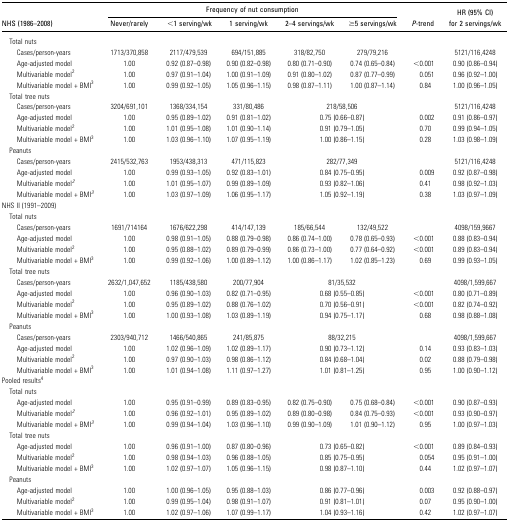
<table><thead><tr><td>[EMPTY_CELL]</td><td colspan="5"><b>Frequency of nut consumption</b></td><td>[EMPTY_CELL]</td><td>[EMPTY_CELL]</td></tr><tr><td><b>NHS (1986–2008)</b></td><td><b>Never/rarely</b></td><td><b>&lt;1 serving/wk</b></td><td><b>1 serving/wk</b></td><td><b>2–4 servings/wk</b></td><td><b>≥5 servings/wk</b></td><td><b><i>P</i>-trend</b></td><td><b>HR (95% CI) for 2 servings/wk</b></td></tr></thead><tbody><tr><td> Total nuts</td><td>[EMPTY_CELL]</td><td>[EMPTY_CELL]</td><td>[EMPTY_CELL]</td><td>[EMPTY_CELL]</td><td>[EMPTY_CELL]</td></tr><tr><td>Cases/person-years</td><td>1713/370,858</td><td>2117/479,539</td><td>694/151,885</td><td>318/82,750</td><td>279/79,216</td><td>[EMPTY_CELL]</td><td>5121/116,4248</td></tr><tr><td>Age-adjusted model</td><td>1.00</td><td>0.92 (0.87–0.98)</td><td>0.90 (0.82–0.98)</td><td>0.80 (0.71–0.90)</td><td>0.74 (0.65–0.84)</td><td>&lt;0.001</td><td>0.90 (0.86–0.94)</td></tr><tr><td>Multivariable model<sup>2</sup></td><td>1.00</td><td>0.97 (0.91–1.04)</td><td>1.00 (0.91–1.09)</td><td>0.91 (0.80–1.02)</td><td>0.87 (0.77–0.99)</td><td>0.051</td><td>0.96 (0.92–1.00)</td></tr><tr><td>Multivariable model + BMI<sup>3</sup></td><td>1.00</td><td>0.99 (0.92–1.05)</td><td>1.05 (0.96–1.15)</td><td>0.98 (0.87–1.11)</td><td>1.00 (0.87–1.14)</td><td>0.84</td><td>1.00 (0.96–1.05)</td></tr><tr><td> Total tree nuts</td><td>[EMPTY_CELL]</td><td>[EMPTY_CELL]</td><td>[EMPTY_CELL]</td><td>[EMPTY_CELL]</td></tr><tr><td>Cases/person-years</td><td>3204/691,101</td><td>1368/334,154</td><td>331/80,486</td><td colspan="2">218/58,506</td><td>[EMPTY_CELL]</td><td>5121/116,4248</td></tr><tr><td>Age-adjusted model</td><td>1.00</td><td>0.95 (0.89–1.02)</td><td>0.91 (0.81–1.02)</td><td colspan="2">0.75 (0.66–0.87)</td><td>0.002</td><td>0.91 (0.86–0.97)</td></tr><tr><td>Multivariable model<sup>2</sup></td><td>1.00</td><td>1.01 (0.95–1.08)</td><td>1.01 (0.90–1.14)</td><td colspan="2">0.91 (0.79–1.05)</td><td>0.70</td><td>0.99 (0.94–1.05)</td></tr><tr><td>Multivariable model + BMI<sup>3</sup></td><td>1.00</td><td>1.03 (0.96–1.10)</td><td>1.07 (0.95–1.19)</td><td colspan="2">1.00 (0.86–1.15)</td><td>0.28</td><td>1.03 (0.98–1.09)</td></tr><tr><td> Peanuts</td><td>[EMPTY_CELL]</td><td>[EMPTY_CELL]</td><td>[EMPTY_CELL]</td><td>[EMPTY_CELL]</td></tr><tr><td>Cases/person-years</td><td>2415/532,763</td><td>1953/438,313</td><td>471/115,823</td><td colspan="2">282/77,349</td><td>[EMPTY_CELL]</td><td>5121/116,4248</td></tr><tr><td>Age-adjusted model</td><td>1.00</td><td>0.99 (0.93–1.05)</td><td>0.92 (0.83–1.01)</td><td colspan="2">0.84 (0.75–0.95)</td><td>0.009</td><td>0.92 (0.87–0.98)</td></tr><tr><td>Multivariable model<i><sup>2</sup></i></td><td>1.00</td><td>1.01 (0.95–1.07)</td><td>0.99 (0.89–1.09)</td><td colspan="2">0.93 (0.82–1.06)</td><td>0.41</td><td>0.98 (0.92–1.03)</td></tr><tr><td>Multivariable model + BMI<i><sup>3</sup></i></td><td>1.00</td><td>1.03 (0.97–1.09)</td><td>1.06 (0.95–1.17)</td><td colspan="2">1.05 (0.92–1.19)</td><td>0.38</td><td>1.03 (0.97–1.09)</td></tr><tr><td>NHS II (1991–2009)</td><td>[EMPTY_CELL]</td><td>[EMPTY_CELL]</td><td>[EMPTY_CELL]</td><td>[EMPTY_CELL]</td><td>[EMPTY_CELL]</td><td>[EMPTY_CELL]</td></tr><tr><td> Total nuts</td><td>[EMPTY_CELL]</td><td>[EMPTY_CELL]</td><td>[EMPTY_CELL]</td><td>[EMPTY_CELL]</td><td>[EMPTY_CELL]</td></tr><tr><td>Cases/person-years</td><td>1691/714164</td><td>1676/622,298</td><td>414/147,139</td><td>185/66,544</td><td>132/49,522</td><td>[EMPTY_CELL]</td><td>4098/159,9667</td></tr><tr><td>Age-adjusted model</td><td>1.00</td><td>0.98 (0.91–1.05)</td><td>0.88 (0.79–0.98)</td><td>0.86 (0.74–1.00)</td><td>0.78 (0.65–0.93)</td><td>&lt;0.001</td><td>0.88 (0.83–0.94)</td></tr><tr><td>Multivariable model<sup>2</sup></td><td>1.00</td><td>0.95 (0.88–1.02)</td><td>0.89 (0.79–0.99)</td><td>0.86 (0.73–1.00)</td><td>0.77 (0.64–0.92)</td><td>&lt;0.001</td><td>0.89 (0.83–0.94)</td></tr><tr><td>Multivariable model + BMI<sup>3</sup></td><td>1.00</td><td>0.99 (0.92–1.06)</td><td>1.00 (0.89–1.12)</td><td>1.00 (0.86–1.17)</td><td>1.02 (0.85–1.23)</td><td>0.69</td><td>0.99 (0.93–1.05)</td></tr><tr><td> Total tree nuts</td><td>[EMPTY_CELL]</td><td>[EMPTY_CELL]</td><td>[EMPTY_CELL]</td><td>[EMPTY_CELL]</td></tr><tr><td>Cases/person-years</td><td>2632/1,047,652</td><td>1185/438,580</td><td>200/77,904</td><td colspan="2">81/35,532</td><td>[EMPTY_CELL]</td><td>4098/1,599,667</td></tr><tr><td>Age-adjusted model</td><td>1.00</td><td>0.96 (0.90–1.03)</td><td>0.82 (0.71–0.95)</td><td colspan="2">0.68 (0.55–0.85)</td><td>&lt;0.001</td><td>0.80 (0.71–0.89)</td></tr><tr><td>Multivariable model<sup>2</sup></td><td>1.00</td><td>0.95 (0.89–1.02)</td><td>0.88 (0.76–1.02)</td><td colspan="2">0.70 (0.56–0.91)</td><td>&lt;0.001</td><td>0.82 (0.74–0.92)</td></tr><tr><td>Multivariable model + BMI<sup>3</sup></td><td>1.00</td><td>1.00 (0.93–1.08)</td><td>1.03 (0.89–1.19)</td><td colspan="2">0.94 (0.75–1.17)</td><td>0.68</td><td>0.98 (0.88–1.08)</td></tr><tr><td> Peanuts</td><td>[EMPTY_CELL]</td><td>[EMPTY_CELL]</td><td>[EMPTY_CELL]</td><td>[EMPTY_CELL]</td></tr><tr><td>Cases/person-years</td><td>2303/940,712</td><td>1466/540,865</td><td>241/85,875</td><td colspan="2">88/32,215</td><td>[EMPTY_CELL]</td><td>4098/1,599,667</td></tr><tr><td>Age-adjusted model</td><td>1.00</td><td>1.02 (0.96–1.09)</td><td>1.02 (0.89–1.17)</td><td colspan="2">0.90 (0.73–1.12)</td><td>0.14</td><td>0.93 (0.83–1.03)</td></tr><tr><td>Multivariable model<sup>2</sup></td><td>1.00</td><td>0.97 (0.90–1.03)</td><td>0.98 (0.86–1.12)</td><td colspan="2">0.84 (0.68–1.04)</td><td>0.02</td><td>0.88 (0.79–0.98)</td></tr><tr><td>Multivariable model + BMI<sup>3</sup></td><td>1.00</td><td>1.01 (0.94–1.08)</td><td>1.11 (0.97–1.27)</td><td colspan="2">1.01 (0.81–1.25)</td><td>0.95</td><td>1.00 (0.90–1.12)</td></tr><tr><td>Pooled results<sup>4</sup></td></tr><tr><td> Total nuts</td><td>[EMPTY_CELL]</td><td>[EMPTY_CELL]</td><td>[EMPTY_CELL]</td><td>[EMPTY_CELL]</td><td>[EMPTY_CELL]</td><td>[EMPTY_CELL]</td></tr><tr><td>Age-adjusted model</td><td>1.00</td><td>0.95 (0.91–0.99)</td><td>0.89 (0.83–0.95)</td><td>0.82 (0.75–0.90)</td><td>0.75 (0.68–0.84)</td><td>&lt;0.001</td><td>0.90 (0.87–0.93)</td></tr><tr><td>Multivariable model<i><sup>2</sup></i></td><td>1.00</td><td>0.96 (0.92–1.01)</td><td>0.95 (0.89–1.02)</td><td>0.89 (0.80–0.98)</td><td>0.84 (0.75–0.93)</td><td>&lt;0.001</td><td>0.93 (0.90–0.97)</td></tr><tr><td>Multivariable model + BMI<i><sup>3</sup></i></td><td>1.00</td><td>0.99 (0.94–1.04)</td><td>1.03 (0.96–1.10)</td><td>0.99 (0.90–1.09)</td><td>1.01 (0.90–1.12)</td><td>0.95</td><td>1.00 (0.97–1.03)</td></tr><tr><td> Total tree nuts</td><td>[EMPTY_CELL]</td><td>[EMPTY_CELL]</td><td>[EMPTY_CELL]</td><td>[EMPTY_CELL]</td><td>[EMPTY_CELL]</td><td>[EMPTY_CELL]</td></tr><tr><td>Age-adjusted model</td><td>1.00</td><td>0.96 (0.91–1.00)</td><td>0.87 (0.80–0.96)</td><td colspan="2">0.73 (0.65–0.82)</td><td>&lt;0.001</td><td>0.89 (0.84–0.93)</td></tr><tr><td>Multivariable model<sup>2</sup></td><td>1.00</td><td>0.98 (0.94–1.03)</td><td>0.96 (0.88–1.05)</td><td colspan="2">0.85 (0.75–0.95)</td><td>0.054</td><td>0.95 (0.91–1.00)</td></tr><tr><td>Multivariable model + BMI<sup>3</sup></td><td>1.00</td><td>1.02 (0.97–1.07)</td><td>1.05 (0.96–1.15)</td><td colspan="2">0.98 (0.87–1.10)</td><td>0.44</td><td>1.02 (0.97–1.07)</td></tr><tr><td> Peanuts</td><td>[EMPTY_CELL]</td><td>[EMPTY_CELL]</td><td>[EMPTY_CELL]</td><td>[EMPTY_CELL]</td><td>[EMPTY_CELL]</td><td>[EMPTY_CELL]</td></tr><tr><td>Age-adjusted model</td><td>1.00</td><td>1.00 (0.96–1.05)</td><td>0.95 (0.88–1.03)</td><td colspan="2">0.86 (0.77–0.96)</td><td>0.003</td><td>0.92 (0.88–0.97)</td></tr><tr><td>Multivariable model<sup>2</sup></td><td>1.00</td><td>0.99 (0.95–1.04)</td><td>0.98 (0.91–1.07)</td><td colspan="2">0.91 (0.81–1.01)</td><td>0.07</td><td>0.95 (0.90–1.00)</td></tr><tr><td>Multivariable model + BMI<sup>3</sup></td><td>1.00</td><td>1.02 (0.97–1.06)</td><td>1.07 (0.99–1.17)</td><td colspan="2">1.04 (0.93–1.16)</td><td>0.42</td><td>1.02 (0.97–1.07)</td></tr></tbody></table>